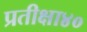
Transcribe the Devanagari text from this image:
प्रतीक्षा४०